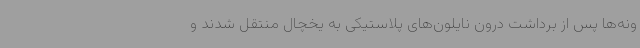
ونه‌ها پس از برداشت درون نایلون‌های پلاستیکی به یخچال منتقل شدند و